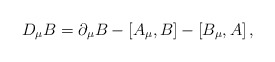
\begin{align*}D_{\mu} B = \partial_{\mu} B - \left[ A_{\mu}, B \right] - \left[ B_{\mu}, A \right],\end{align*}